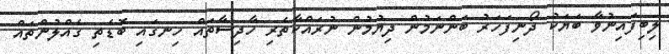
ލިބިފައިނުވާ ބަޔަކު ދޯނިފަހަރު ބަންނަމުން ދިޔުމުން ނުރައްކާތެރި ހާދިސާތައް ހިނގައި ބޮޑެތި ގެއްލުންތައް